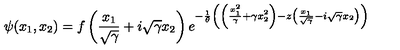
\psi ( x _ { 1 } , x _ { 2 } ) = f \left( \frac { x _ { 1 } } { \sqrt { \gamma } } + i \sqrt { \gamma } x _ { 2 } \right) e ^ { - \frac { 1 } { \theta } \left( \left( \frac { x _ { 1 } ^ { 2 } } { \gamma } + \gamma x _ { 2 } ^ { 2 } \right) - z \left( \frac { x _ { 1 } } { \sqrt { \gamma } } - i \sqrt { \gamma } x _ { 2 } \right) \right) }